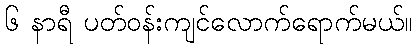
၆ နာရီ ပတ်ဝန်းကျင်လောက်ရောက်မယ်။